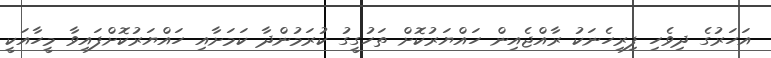
އަހަރުގެ ދިވެހި ފިރިހެނަކު ރާއްޖެއިން ހައްޔަރުކޮށް ތަހުގީގު ކުރަމުންދާ ކަމަށާއި ހައްޔަރުކޮށްފައިވާ މީހާއަކީ